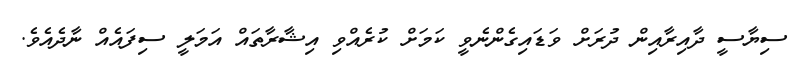
ސިޔާސީ ދާއިރާއިން ދުރަށް ވަޑައިގެންނެވީ ކަމަށް ކުރެއްވި އިޝާރާތައް އަމަލީ ސިފައެއް ނާދެއެވެ.